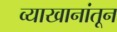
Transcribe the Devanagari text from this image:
व्याखानांतून